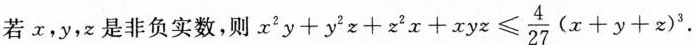
若x，y，z是非负实数，则 $$x^{2}y + y^{2}z + z^{2}x + xyz \leq \frac{4}{27}(x+y+z)^{3} $$ .